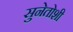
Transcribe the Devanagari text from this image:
सुनेतोशी